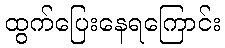
ထွက်ပြေးနေရကြောင်း